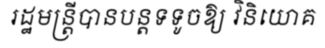
រដ្ឋមន្ត្រីបានបន្តទទូចឱ្យ វិនិយោគ